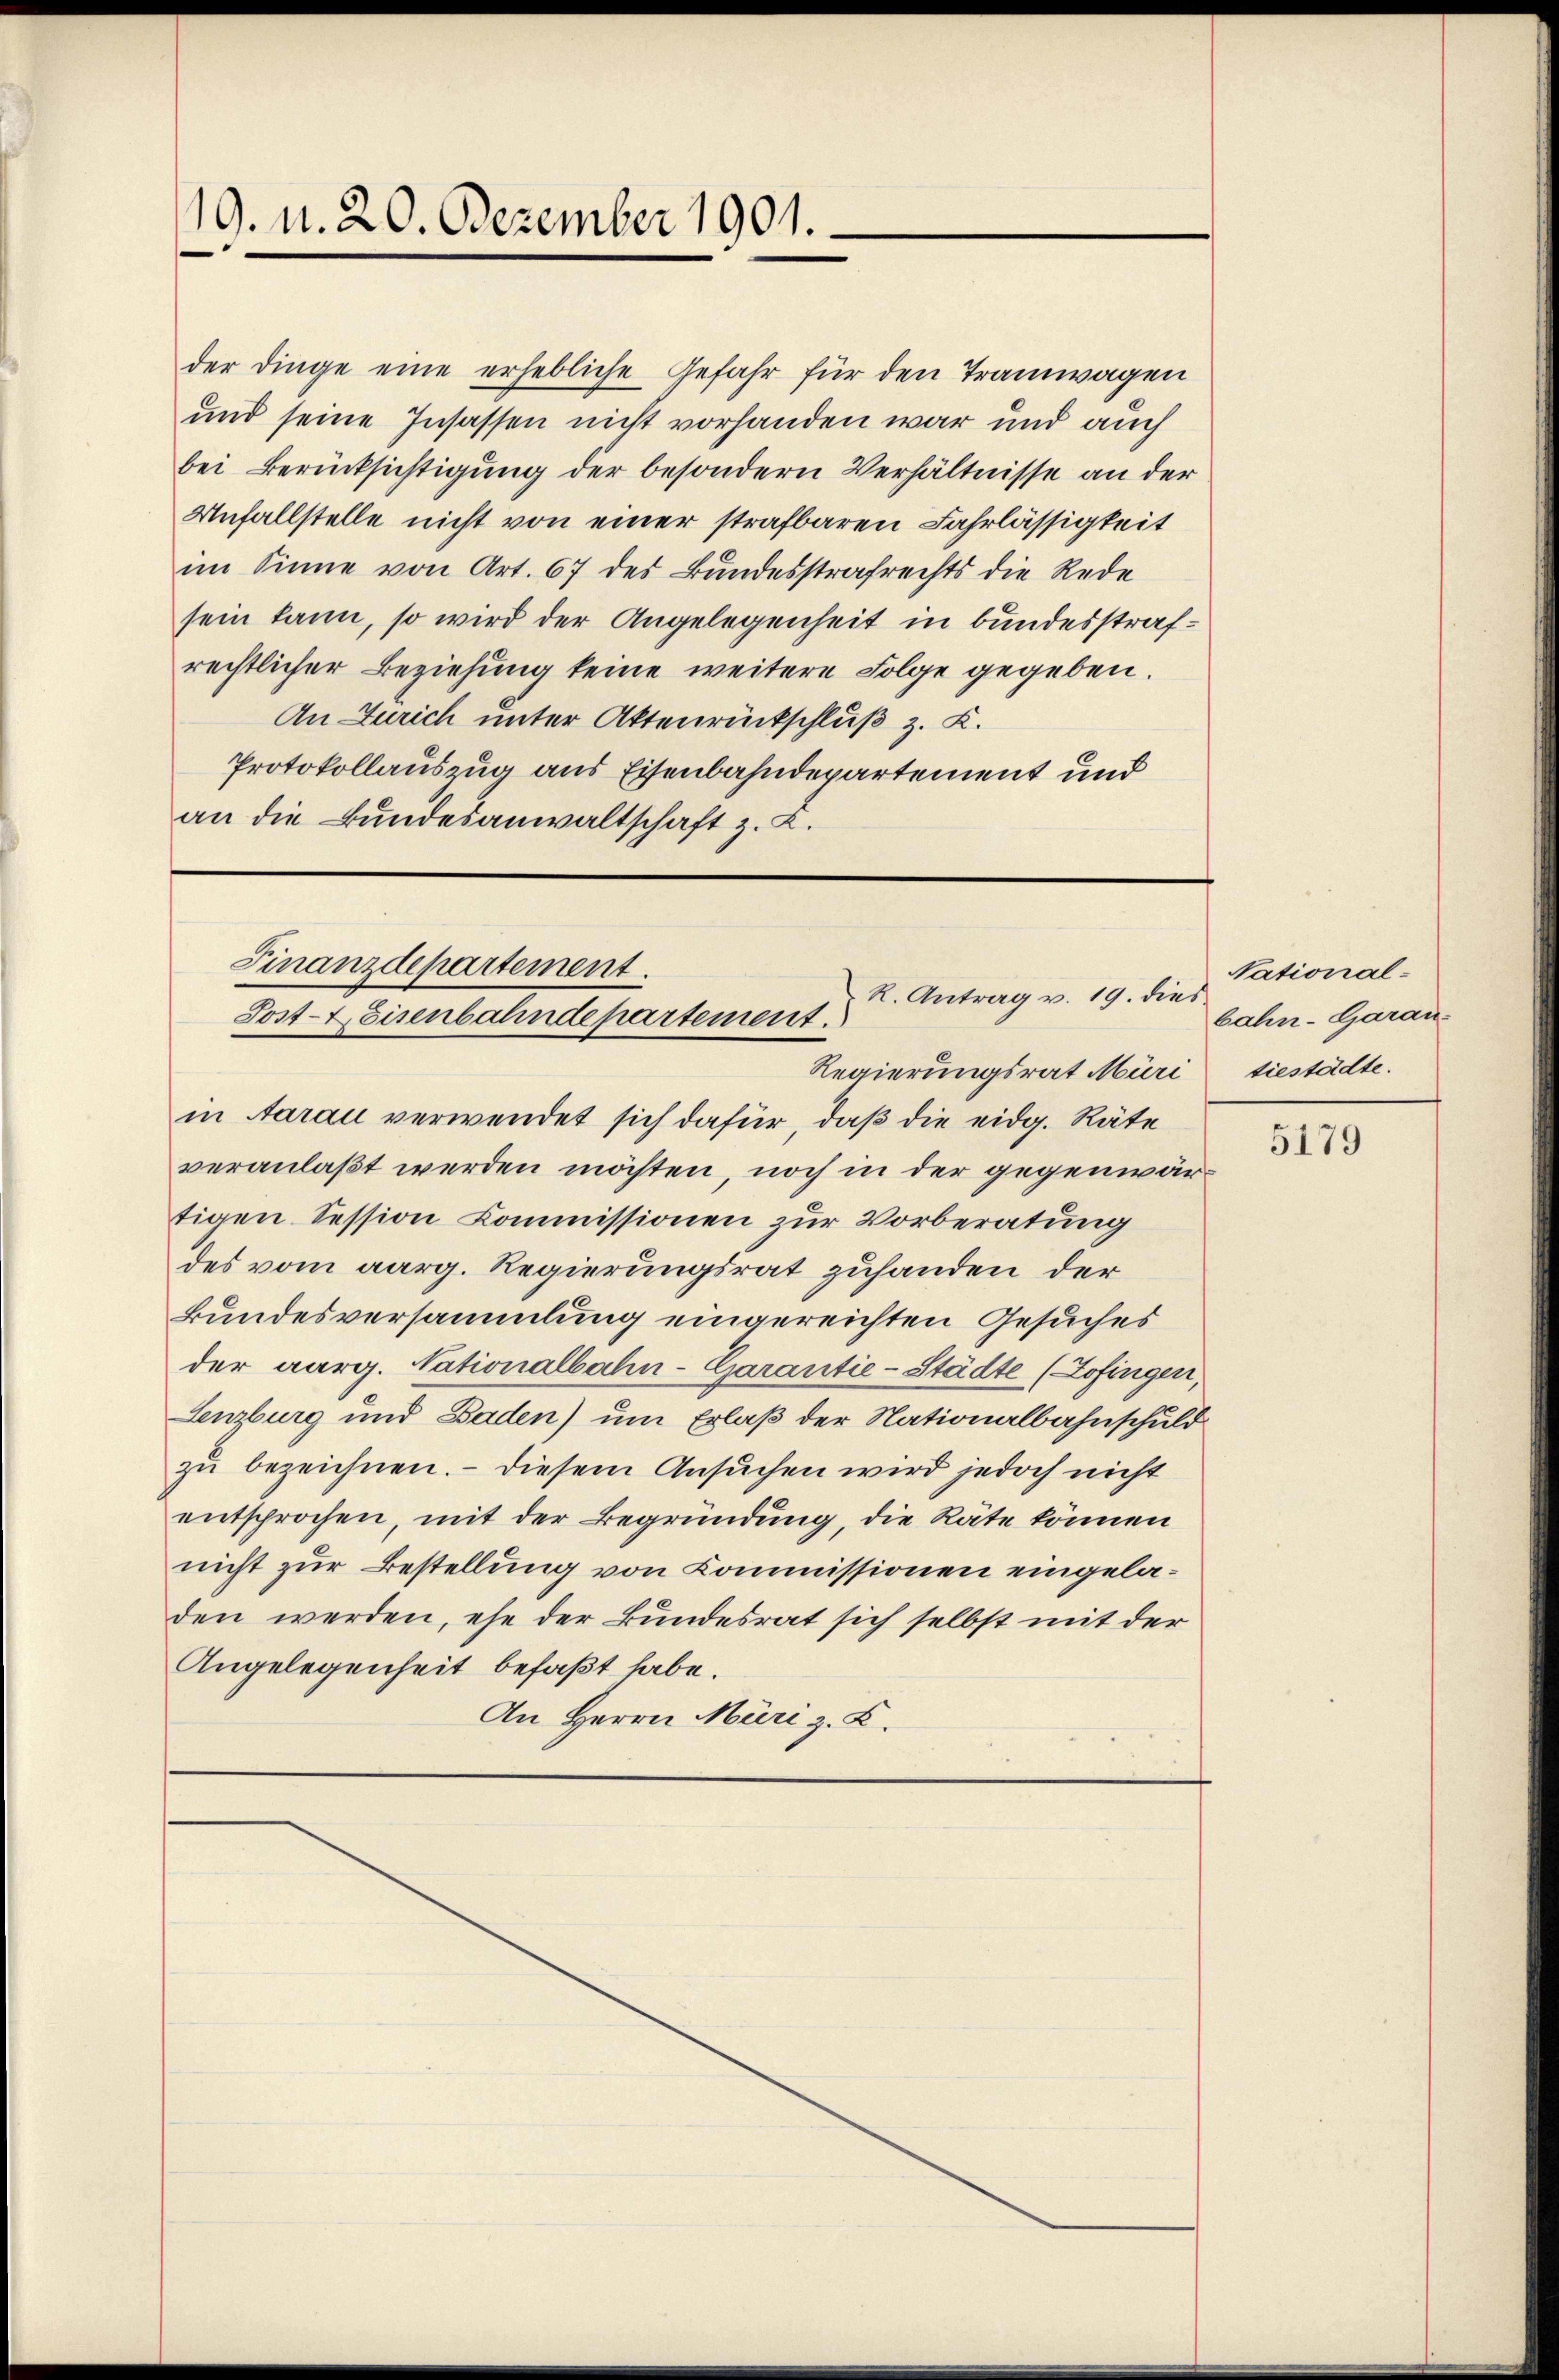
19. d. 20. Dezember 1901.

der Dinge eine erhebliche Gefahr für den Tramwagen
und seine Insassen nicht vorhanden war und auch
bei Berücksichtigung der besondern Verhältnisse an der
Unfallstelle nicht von einer strafbaren Fahrlässigkeit
im Sinne von Art. 67 des Bundesstrafrechts die Rede
sein kann, so wird der Angelegenheit in bundesstrafrechtlicher Beziehung keine weitere Folge gegeben.
An Zürich unter Aktenrückschluß z. K.
Protokollauszug aus Eisenbahndepartement und
an die Bundesanwaltschaft z. L.

Finanzdepartement.
R. Antrag v. 19. dies
Sost-Eisenbahndepartement.
Regierungsrat Müri

in Aarau verwendet sich dafür, daß die eidg. Räte
veranlaßt werden möchten, noch in der gegenwärtigen Session Commissionen zur Vorberatung
des vom aarg. Regierungsrat zuhanden der
Bundesversammlung eingereichten Gesuches
der aarg. Nationalbahn-Garantie-Städte (Zofingen,
Lenzburg und Baden) um Erlaß der Nationalbahnschuld
zu bezeichnen. - Diesem Ansuchen wird jedoch nicht
entsprochen mit der Begründung, die Räte können
nicht zur Bestellung von Commissionen eingeladen werden, ehe der Bundesrat sich selbst mit der
Angelegenheit befaßt habe.
An Herrn Müri z. B.

Nationalbahn-Garantiestädte.

5179